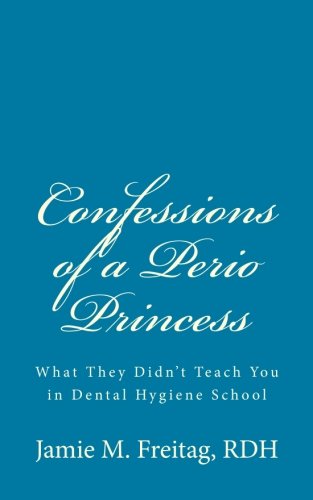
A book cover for Confessions of a Perio Princess: What they didn't teach you in dental hygiene school; Jamie M. Freitag RDH; Medical Books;